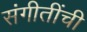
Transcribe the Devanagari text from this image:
संगीतींची